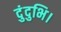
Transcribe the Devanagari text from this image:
दुंदुभि।